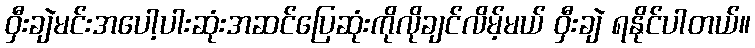
ဝှီးချဲမင်းအပေါ့ပါးဆုံးအဆင်ပြေဆုံးကိုလိုချင်လိမ့်မယ် ဝှီးချဲ ရနိုင်ပါတယ်။